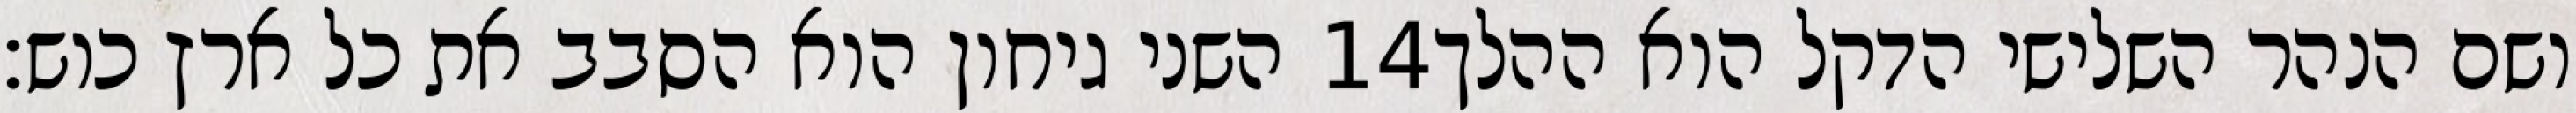
השני גיחון הוא הסבב את כל ארץ כוש׃ ‎14‏ ושם הנהר השלישי הדקל הוא ההלך